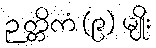
ဉတ္တိကံ (၉) မျိုး